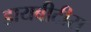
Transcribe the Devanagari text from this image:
डायबीटीस